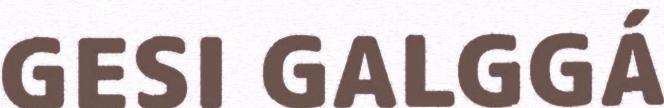
GESI GALGGÁ